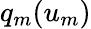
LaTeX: q_{m}(u_{m})